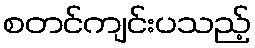
စတင်ကျင်းပသည့်